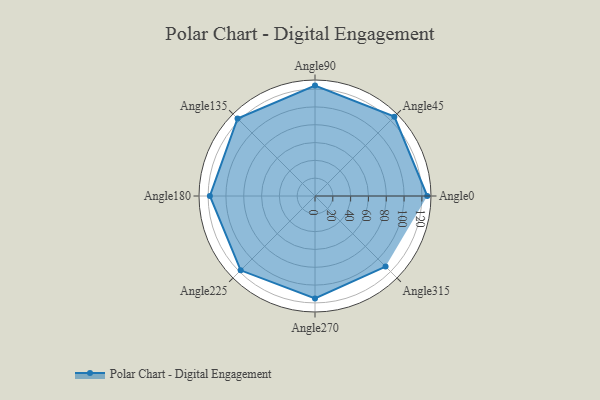
{"axis": {"x": "Angle", "y": "Radius"}, "legend": [""], "data": [{"x": "Angle0", "y": 126.0, "type": ""}, {"x": "Angle45", "y": 126.0, "type": ""}, {"x": "Angle90", "y": 124.0, "type": ""}, {"x": "Angle135", "y": 123.0, "type": ""}, {"x": "Angle180", "y": 118.0, "type": ""}, {"x": "Angle225", "y": 118.0, "type": ""}, {"x": "Angle270", "y": 115.0, "type": ""}, {"x": "Angle315", "y": 112.0, "type": ""}]}